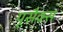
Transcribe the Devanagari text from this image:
यूसैक्स